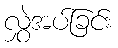
လွှဲအပ်ခြင်း